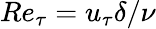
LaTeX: Re_{\tau}=u_{\tau}\delta/\nu